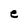
Character: e